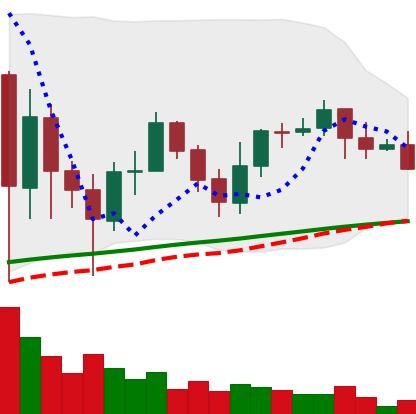
Ticker: ADA-USD
Chart end date: 2021-06-07
Forward return: -5.363%
Label: down_5_7